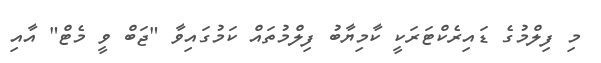
މި ފިލްމުގެ ޑައިރެކްޓަރަކީ ކާމިޔާބު ފިލްމުތައް ކަމުގައިވާ "ޖަބް ވީ މެޓް" އާއި